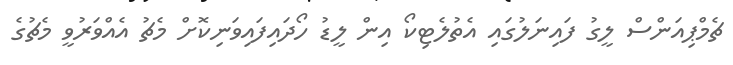
ޗެމްޕިއަންސް ލީގު ފައިނަލުގައި އެތުލެޓިކޯ އިން ލީޑު ހޯދައިފައިވަނިކޮށް މެޗު އެއްވަރުވީ މެޗުގެ